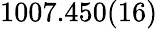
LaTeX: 1007.450(16)